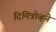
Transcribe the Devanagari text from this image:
दिमित्रोव्हने